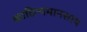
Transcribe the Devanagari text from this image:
काठिन्यमानसाय